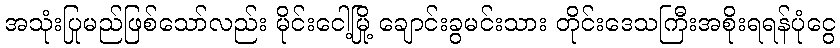
အသုံးပြုမည်ဖြစ်သော်လည်း မိုင်းငေါ့မြို့ ချောင်းခွမင်းသား တိုင်းဒေသကြီးအစိုးရရန်ပုံငွေ